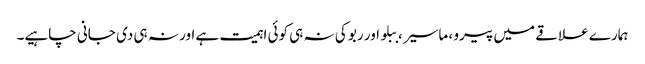
ہمارے علاقے میں پیرو ، ماسیر ، ببلو اور ربو کی نہ ہی کوئی اہمیت ہے اور نہ ہی دی جانی چاہیے۔